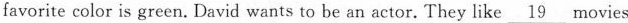
favorite color is green. David wants to be an actor. They like \underline{19} movies